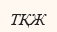
ТҚЖ